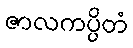
ဇာလကပ္ပိတံ